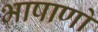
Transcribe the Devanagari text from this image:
भाषाणों